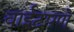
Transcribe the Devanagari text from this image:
वाईटपणे